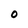
Character: O